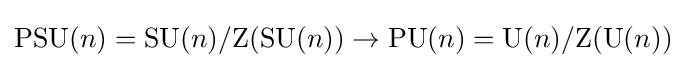
\mathrm {PSU} (n)=\mathrm {SU} (n)/\mathrm {Z} (\mathrm {SU} (n))\to \mathrm {PU} (n)=\mathrm {U} (n)/\mathrm {Z} (\mathrm {U} (n))